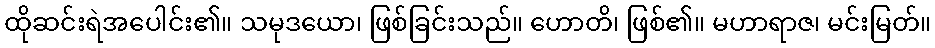
ထိုဆင်းရဲအပေါင်း၏။ သမုဒယော၊ ဖြစ်ခြင်းသည်။ ဟောတိ၊ ဖြစ်၏။ မဟာရာဇ၊ မင်းမြတ်။